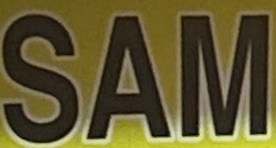
SAM